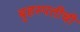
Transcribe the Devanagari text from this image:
बृहस्पतीची